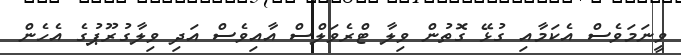
ވީނަމަވެސް އެކަމާއި ގުޅޭ ގޮތުން ވިލާ ޓްރެވަލްސް އާއިވެސް އަދި ވިލާގުރޫޕުގެ އެހެން